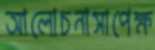
আলোচনাসাপেক্ষ